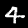
Label: 4